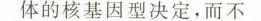
体的核基因型决定，而不